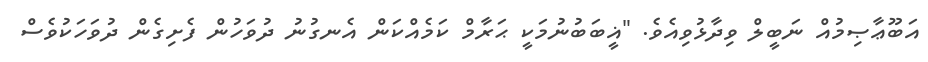
އަބޫޢާޞިމުއް ނަބީލް ވިދާޅުވިއެވެ. "ޣީބަބުނުމަކީ ޙަރާމް ކަމެއްކަން އެނގުނު ދުވަހުން ފެށިގެން ދުވަހަކުވެސް